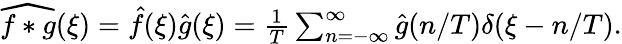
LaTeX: \begin{array}{r}{\widehat{f*g}(\xi)=\hat{f}(\xi)\hat{g}(\xi)=\frac{1}{T}\sum_{n=-\infty}^{\infty}\hat{g}(n/T)\delta(\xi-n/T).}\end{array}